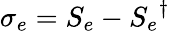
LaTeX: \sigma_{e}=S_{e}-{S_{e}}^{\dagger}